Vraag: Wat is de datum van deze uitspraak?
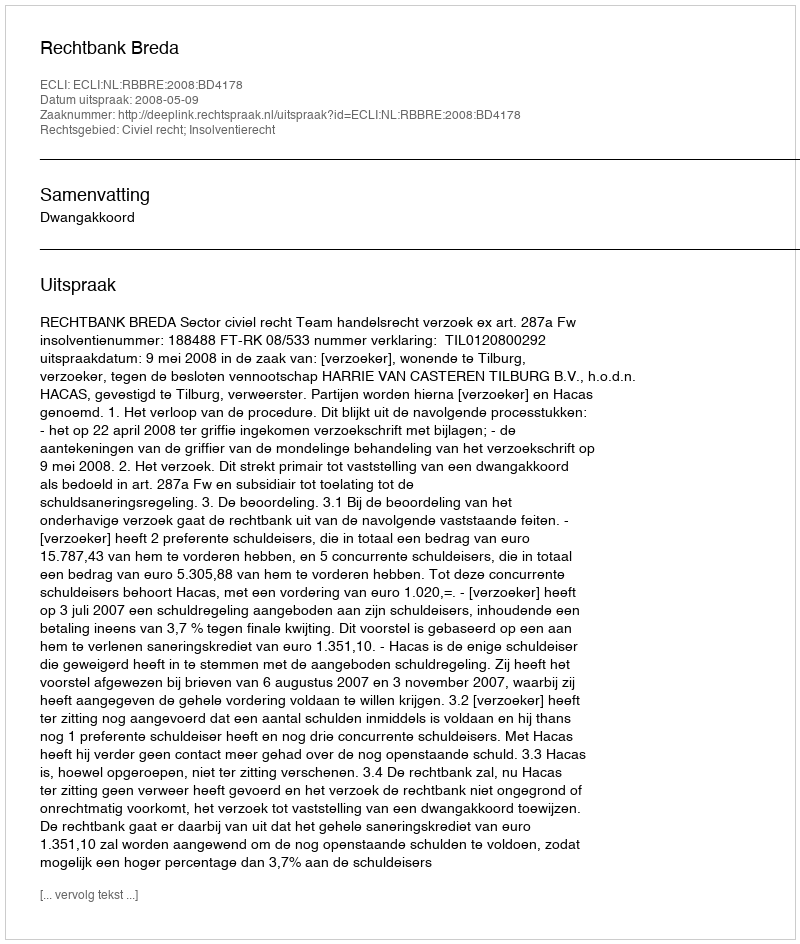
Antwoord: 2008-05-09